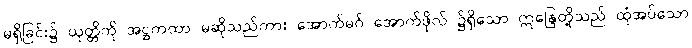
မရှိခြင်း၌ ယုတ္တိကို အဋ္ဌကထာ မဆိုသည်ကား အောက်မဂ် အောက်ဖိုလ် ၌ရှိသော ဣန္ဒြေတို့သည် ထုံအပ်သော